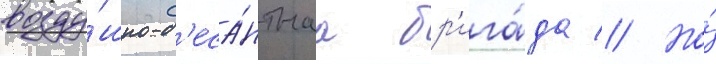
возду́шно-д'еса́нтнаа бр'ига́да // Но́